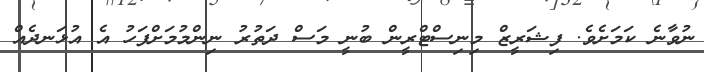
ނުވާނެ ކަމަށެވެ. ފިޝަރީޒް މިނިސްޓްރީން ބުނީ މަސް ދަތުރު ނިންމުމަށްފަހު އެ އުޅަނދެއް